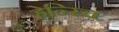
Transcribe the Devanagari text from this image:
हेन्‍रिच